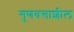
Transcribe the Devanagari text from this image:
गुणवत्ताशील